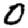
Digit: 0